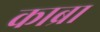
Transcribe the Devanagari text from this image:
काब्रा